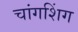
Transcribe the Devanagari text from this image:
चांगशिंग